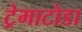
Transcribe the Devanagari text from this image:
ट्रेमाटोडा